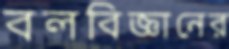
বলবিজ্ঞানের